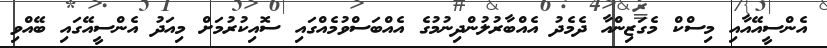
އެންސީއޭއާއި މިސްކް މެގަޒިންއާ ދެމެދު އެއްބާރުލުންދިނުމުގެ އެއްބަސްވުމެއްގައި ސޮއިކުރުމަށް މިއަދު އެންސީއޭގައި ބޭއްވި